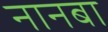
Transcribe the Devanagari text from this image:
नानबा